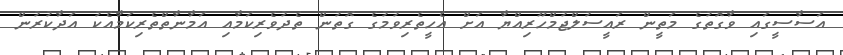
އަސާސީގައި ވާގޮތުގެ މަތީން ރައީސުލްޖުމްހޫރިއްޔާ އަށް އެހީތެރިވުމުގެ ގޮތުން ތެދުވެރިކަމާއި އަމާނާތްތެރިކަމާއެކު އަދާކުރުން